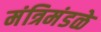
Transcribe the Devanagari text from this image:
मंत्रिमंडळे